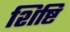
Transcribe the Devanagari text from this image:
शिष्टि